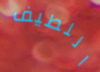
اللطيف